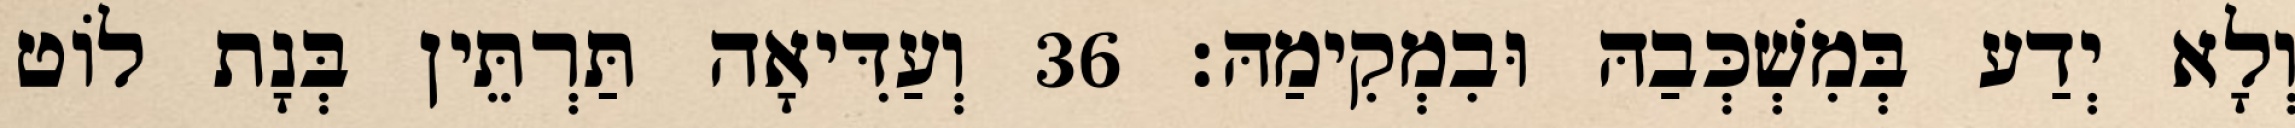
וְלָא יְדַע בְּמִשְׁכְּבַהּ וּבִמְקִימַהּ׃ 36 וְעַדִּיאָה תַּרְתֵּין בְּנָת לוֹט